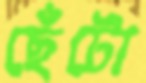
ছেঁটো